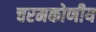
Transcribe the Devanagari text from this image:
चरमकोणीय